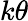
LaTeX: k\theta